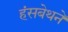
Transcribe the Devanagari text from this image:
हंसबेथने